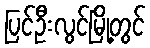
ပြင်ဦးလွင်မြို့တွင်